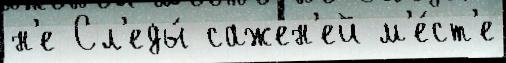
н'е Сл'еды́ сажен'ей м'е́ст'е